Annual report on the working of the lock hospitals in the North-Western Provinces and Oudh
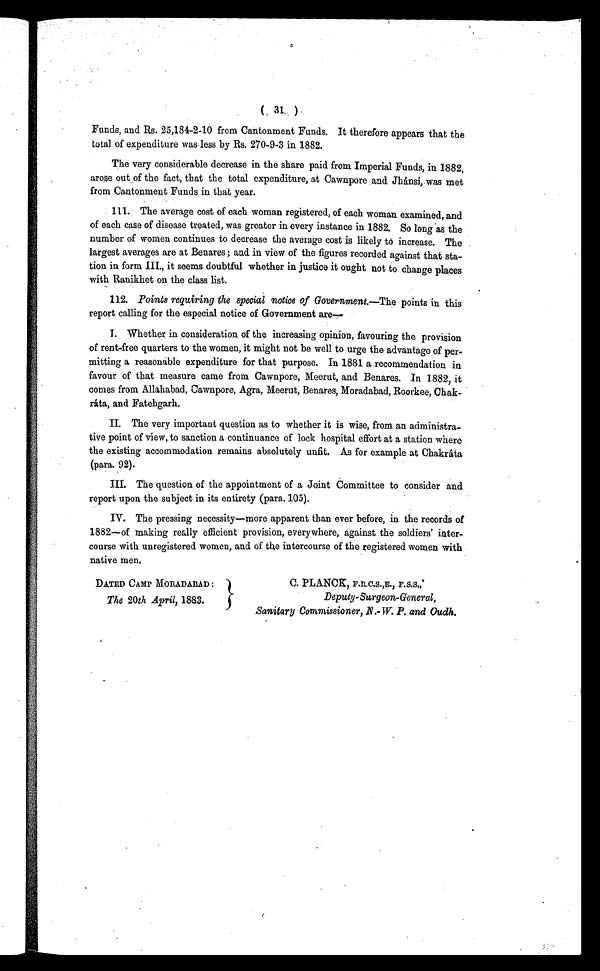
(
31
)
Funds, and Rs. 25,184-2-10 from Cantonment Funds. It therefore appears that the
total of expenditure was less by Rs. 270-9-3 in 1882.
The very considerable decrease in the share paid from Imperial Funds, in 1882,
arose out of the fact, that the total expenditure, at Cawnpore and Jhánsi, was met
from Cantonment Funds in that year.
111. The average cost of each woman registered, of each woman examined, and
of each case of disease treated, was greater in every instance in 1882. So long as the
number of women continues to decrease the average cost is likely to increase. The
largest averages are at Benares ; and in view of the figures recorded against that sta-
tion in form III,, it seems doubtful whether in justice it ought not to change places
with Ranikhet on the class list.
112. Points requiring the special notice of Government— The points in this
report calling for the especial notice of Government are
—
I. Whether in consideration of the increasing opinion, favouring the provision
of rent-free quarters to the women, it might not be well to urge the advantage of per-
mitting a reasonable expenditure for that purpose. In 1881 a recommendation in
favour of that measure came from Cawnpore, Meerut, and Benares. In 1882, it
comes from Allahabad, Cawnpore, Agra, Meerut, Benares, Moradabad, Roorkee, Chak-
ráta, and Fatehgarh.
II. The very important question as to whether it is wise, from an administra-
tive point of view, to sanction a continuance of lock hospital effort at a station where
the existing accommodation remains absolutely unfit. As for example at Chakráta
(para. 92).
III. The question of the appointment of a Joint Committee to consider and
report upon the subject in its entirety (para. 105).
IV. The pressing necessity—more apparent than ever before, in the records of
1882—of making really efficient provision, everywhere, against the soldiers' inter-
course with unregistered women, and of the intercourse of the registered women with
native men.
DATED CAMP MORADABAD:
The 20th April, 1883.
C. PLANCK, F.R.C.S.,E., F.S.S.,
Deputy-Surgeon-General,
Sanitary Commissioner, .N.-W.P. and Oudh.